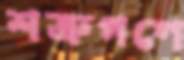
শত্রুগণে